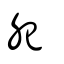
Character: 夗